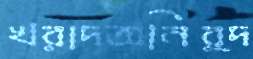
খরাদঅনির্দ